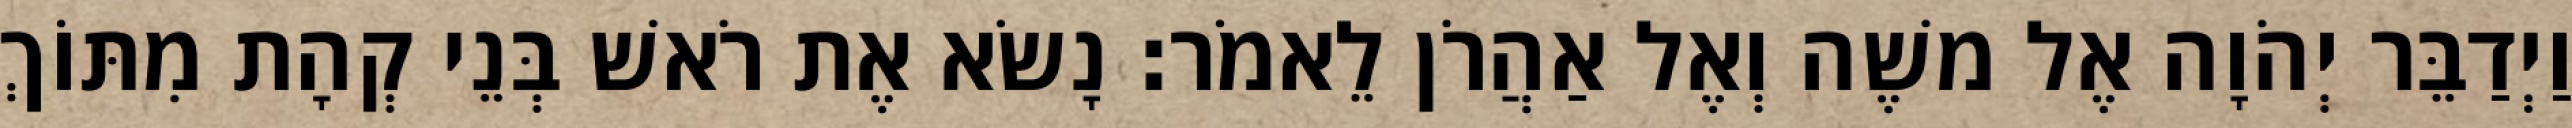
וַיְדַבֵּר יְהֹוָה אֶל משֶׁה וְאֶל אַהֲרֹן לֵאמֹר׃ נָשׂא אֶת רֹאשׁ בְּנֵי קְהָת מִתּוֹךְ